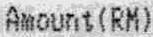
AMOUNT(RM)